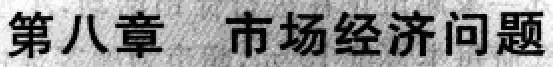
第八章  市场经济问题